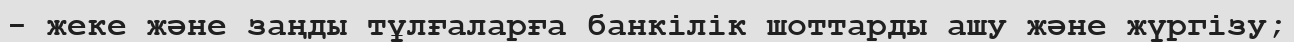
- жеке және заңды тұлғаларға банкілік шоттарды ашу және жүргізу;